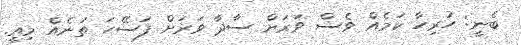
ބެނީ: ހުރިހާ ކަމެއް ވެސް ވަރަށް ސާދާ ވަރަށް ފަސޭހަ ތަނެއް މިއީ.